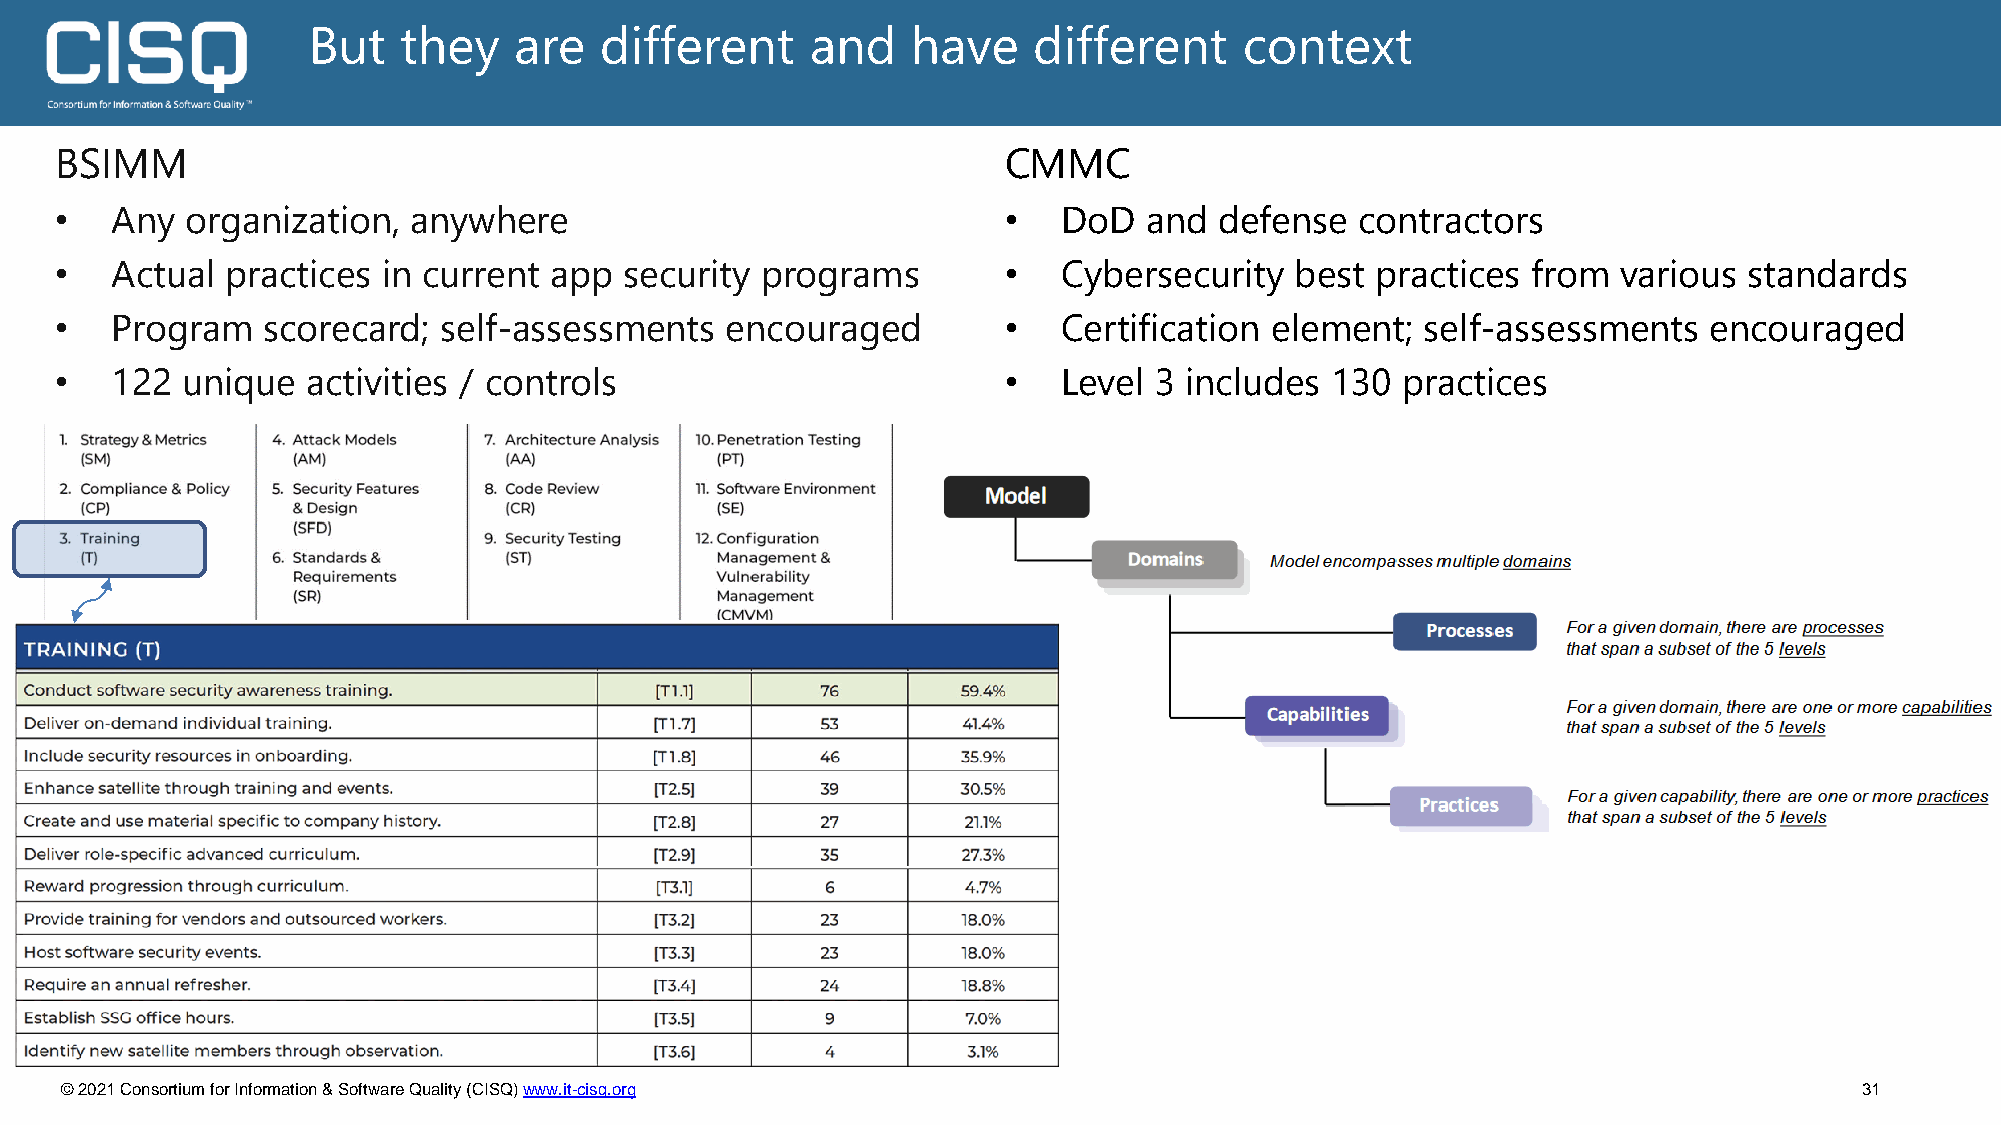
But   they    are   different     and   have    different     context
 BSIMM                                                         CMMC
 •  Any  organization,  anywhere                               •   DoD   and  defense  contractors
 •  Actual  practices in current app  security programs        •   Cybersecurity   best practices from  various  standards
 •  Program   scorecard;  self-assessments   encouraged        •   Certification element;  self-assessments   encouraged
 •  122  unique  activities / controls                         •   Level 3 includes  130  practices
 © 2021 Consortium for Information & Software Quality (CISQ) www.it-cisq.org                                            31